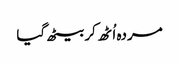
مردہ اُٹھ کر بیٹھ گیا